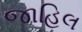
જાહિલ